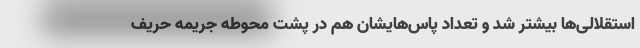
استقلالی‌ها بیشتر شد و تعداد پاس‌هایشان هم در پشت محوطه جریمه حریف